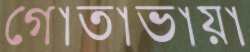
গোতাভায়া